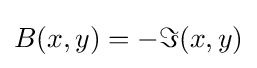
{B(x,y)=-\Im (x,y)}